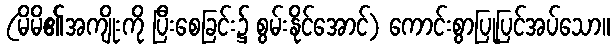
(မိမိ၏အကျိုးကို ပြီးစေခြင်း၌ စွမ်းနိုင်အောင်) ကောင်းစွာပြုပြင်အပ်သော။